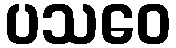
ပသဝေ